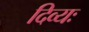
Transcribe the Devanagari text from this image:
दिव्यः